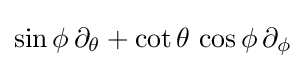
\sin \phi \,\partial _{\theta }+\cot \theta \,\cos \phi \,\partial _{\phi }